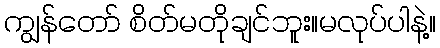
ကျွန်တော် စိတ်မတိုချင်ဘူး။မလုပ်ပါနဲ့။